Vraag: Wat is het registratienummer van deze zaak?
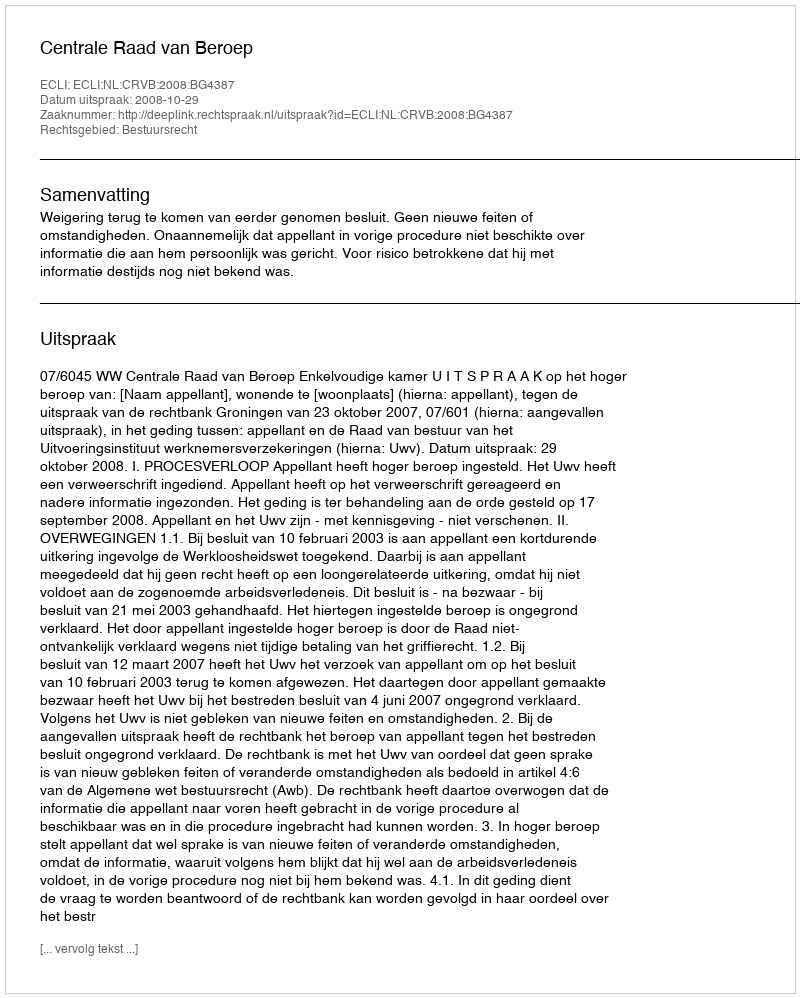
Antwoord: http://deeplink.rechtspraak.nl/uitspraak?id=ECLI:NL:CRVB:2008:BG4387